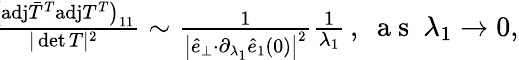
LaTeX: \begin{array}{r}{\! \! \! \frac{\big(\mathrm{adj}\bar{T}^{T}\mathrm{adj}T^{T}\big)_{11}}{\vert\operatorname*{det}T\vert^{2}}\sim\frac{1}{\big\vert\hat{e}_{\perp}{\cdot}\partial_{\lambda_{1}}\hat{e}_{1}(0)\big\vert^{2}}\frac{1}{\lambda_{1}}\, ,~\mathrm{~a~s~}~\lambda_{1}\rightarrow 0,}\end{array}